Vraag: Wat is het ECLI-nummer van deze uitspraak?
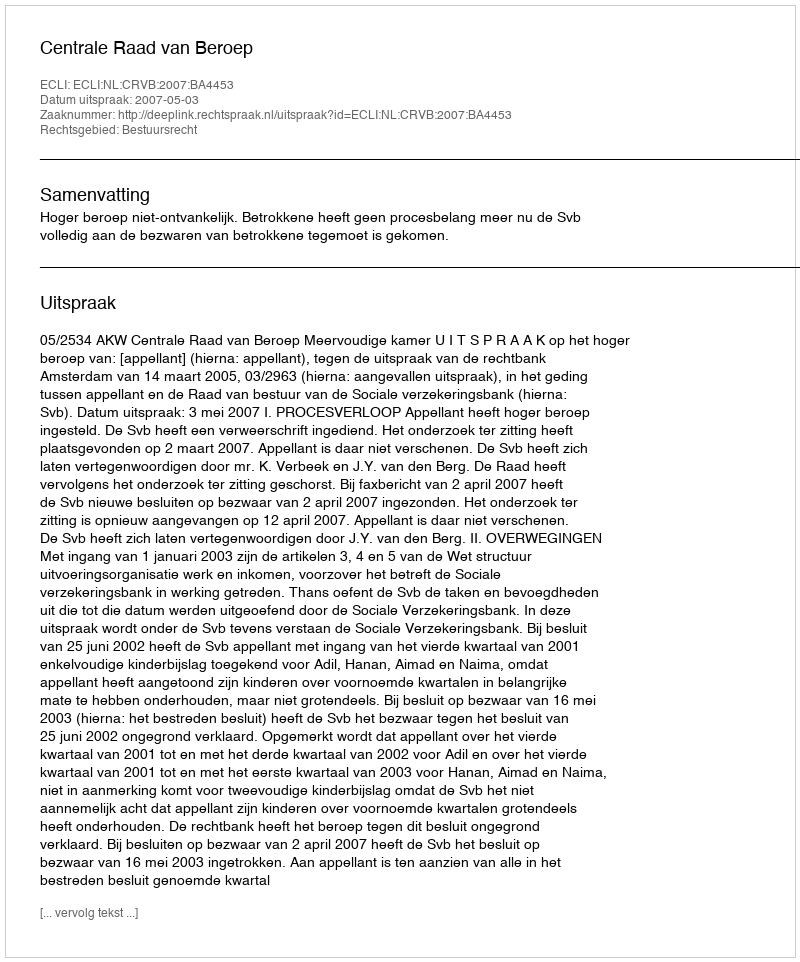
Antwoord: ECLI:NL:CRVB:2007:BA4453